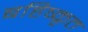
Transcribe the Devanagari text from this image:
बहिष्‍कृत